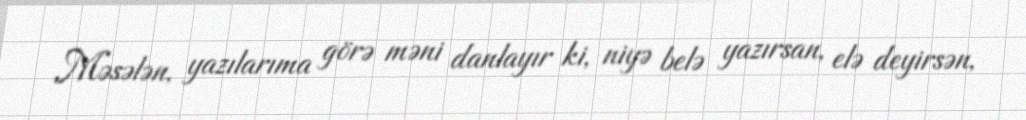
Məsələn, yazılarıma görə məni danlayır ki, niyə belə yazırsan, elə deyirsən,